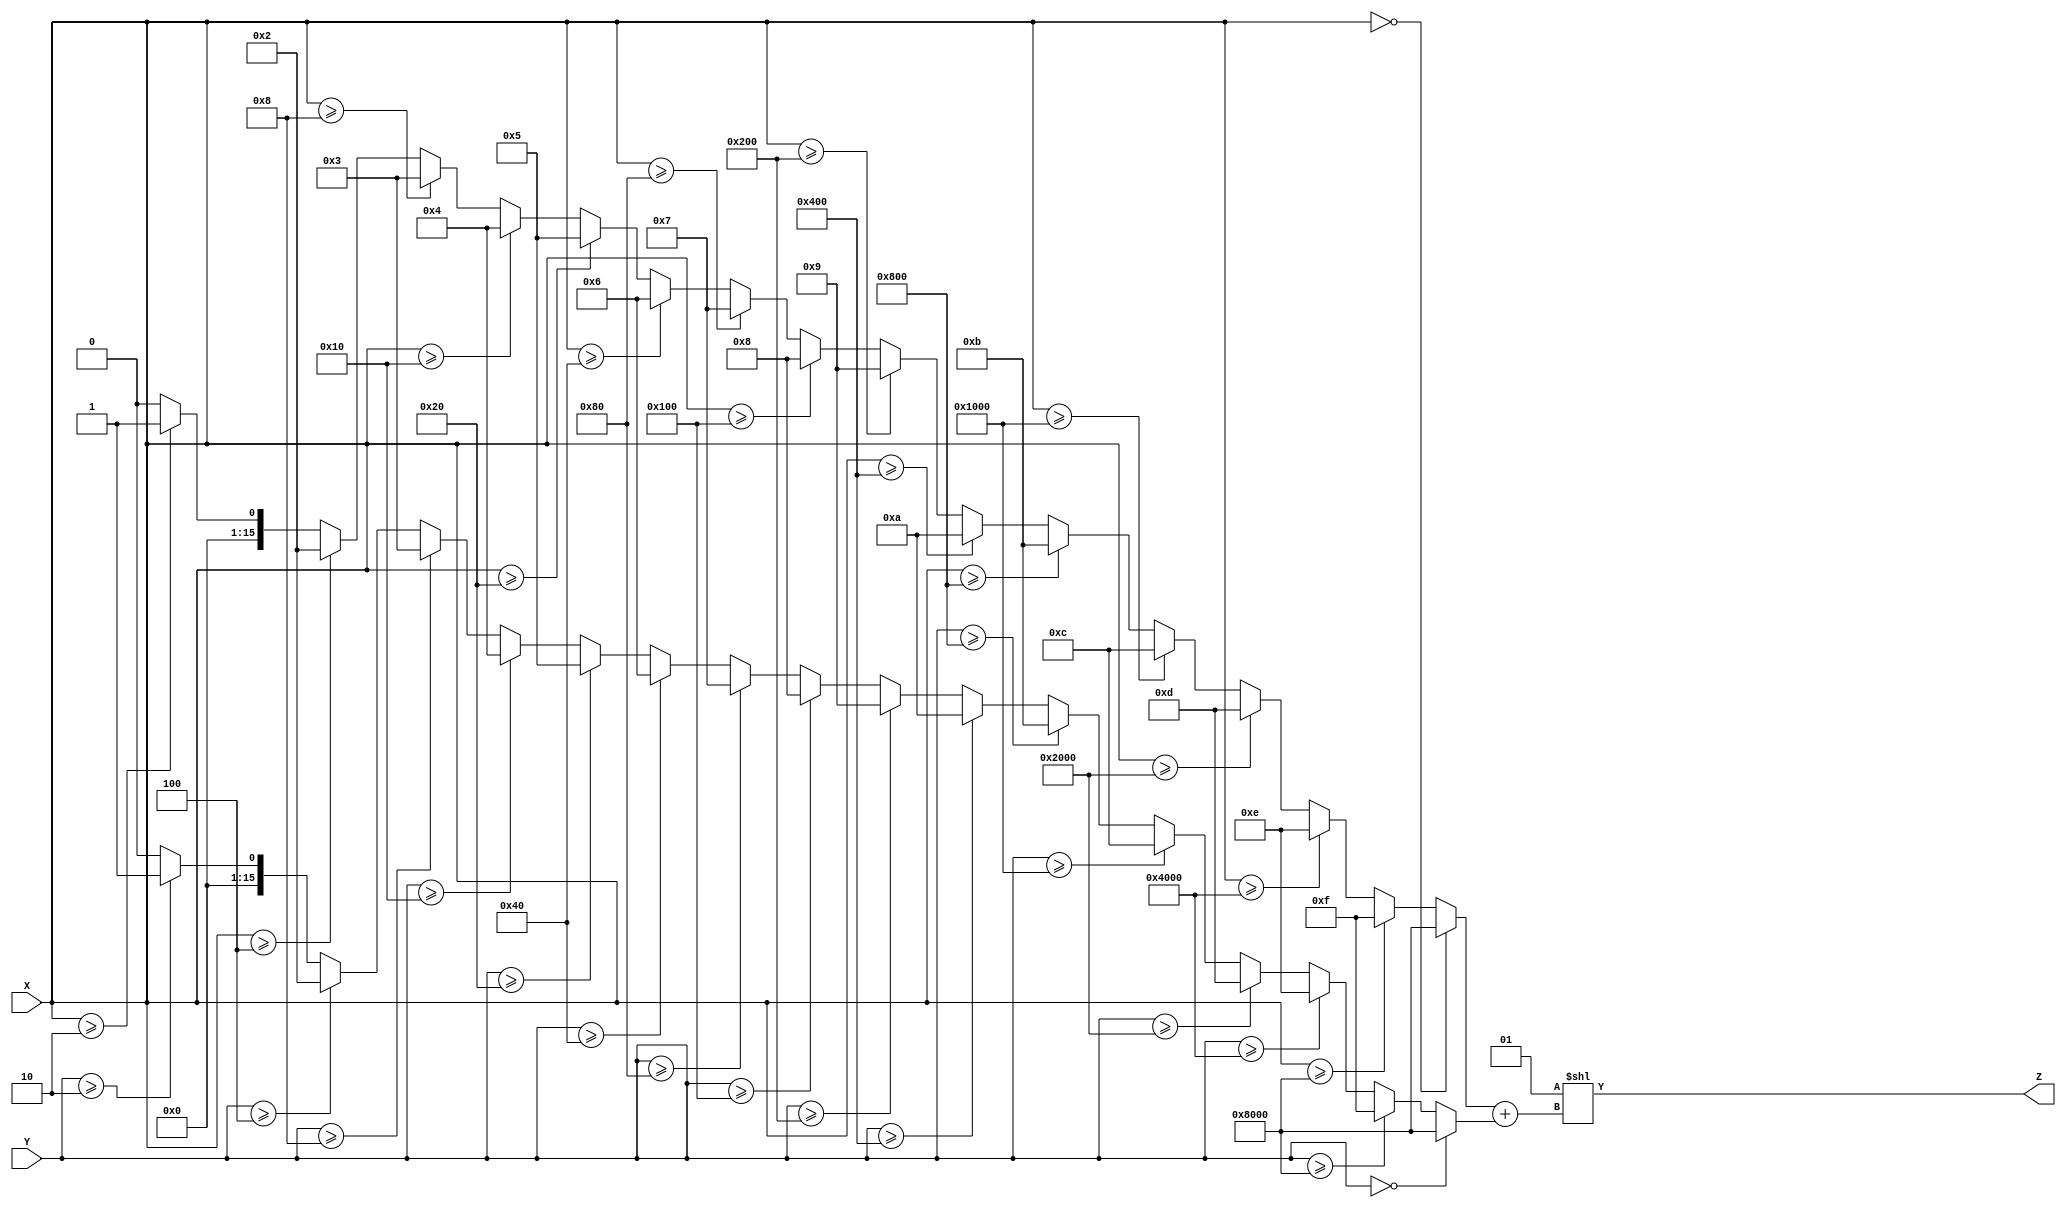
module LogarithmicMultiplier (
    input wire [15:0] X,  // 16-bit input X
    input wire [15:0] Y,  // 16-bit input Y
    output reg [31:0] Z   // 32-bit output Z (X * Y)
);

    // Internal signals for logarithmic and exponential conversion
    reg [15:0] logX;
    reg [15:0] logY;
    reg [15:0] sumLog;

    // Function to approximate logarithm (base 2 for simplicity)
    function [15:0] log2;
        input [15:0] value;
        integer i;
        begin
            if (value == 0) begin
                log2 = 16'h8000; // Represent -infinity
            end else begin
                log2 = 0;
                for (i = 0; i < 16; i = i + 1) begin
                    if (value >= (1 << i)) begin
                        log2 = i; // Find the highest bit position
                    end
                end
            end
        end
    endfunction

    // Function to approximate exponential (base 2 for simplicity)
    function [31:0] exp2;
        input [15:0] value;
        begin
            exp2 = 1 << value; // Simple 2^value implementation
        end
    endfunction

    always @(*) begin
        // Convert inputs to logarithmic form
        logX = log2(X);
        logY = log2(Y);
        
        // Summation of logarithmic values
        sumLog = logX + logY;
        
        // Convert back to linear form (exponential)
        Z = exp2(sumLog);
    end

endmodule